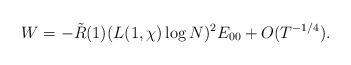
LaTeX: \begin{align*} W=-\tilde R(1)(L(1,\chi)\log{N})^2E_{00}+O(T^{-1/4}).\end{align*}